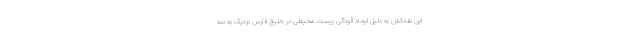
این نفتکش به دلیل ایجاد آلودگی زیست محیطی در خلیج فارس نزدیک به سه